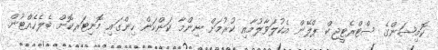
ކޮމިޝަންގެ ސްޓްރެޓީޖިކް ޕްލޭން އެކުލަވާލުމާއި ކުރުމަށް ނިންމާ ކަންކަން ހިންގައި މޮނިޓަރކޮށް ބެލެހެއްޓުން.